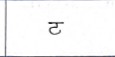
मजकूर: ट